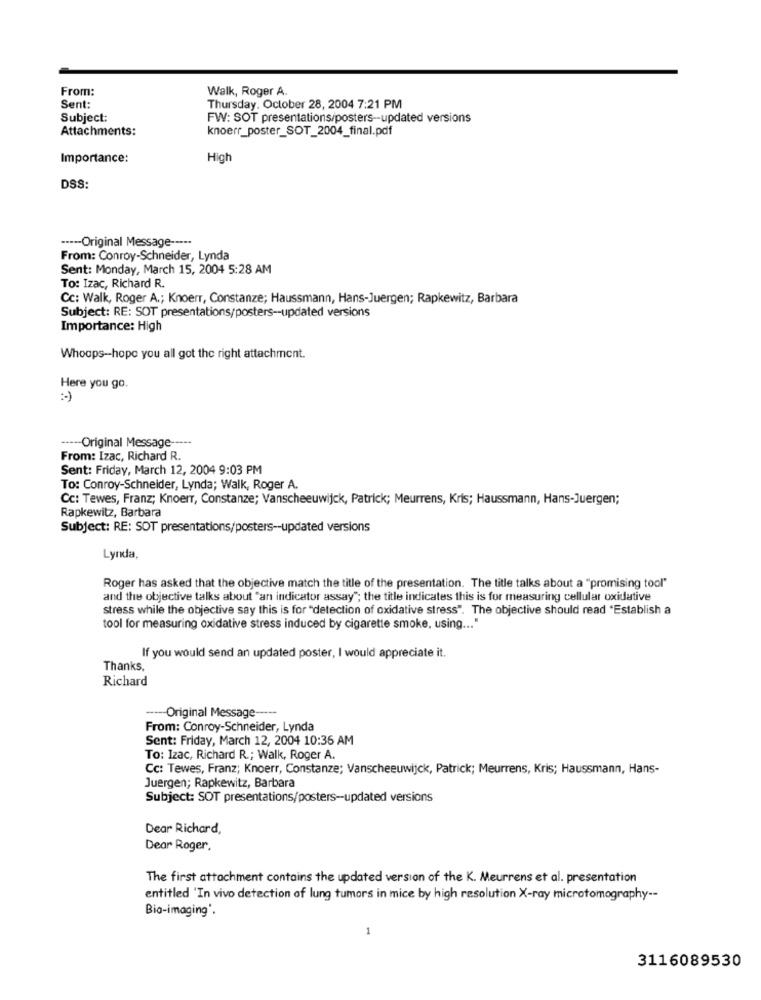
From:
Walk, Roger A.
Sent:
Thursday, October 28, 2004 7:21 PM
Subject:
FW: SOT presentations/posters-updated versions
Attachments:
knoerr_poster_SOT_2004_final.pdf
Importance:
High
DSS:
----- Original Message -----
From: Conroy-Schneider, Lynda
Sent: Monday, March 15, 2004 5:28 AM
To: Izac, Richard R.
Cc: Walk, Roger A .; Knoerr, Constanze; Haussmann, Hans-Juergen; Rapkewitz, Barbara
Subject: RE: SOT presentations/posters -- updated versions
Importance: High
Whoops-hope you all got the right attachment.
Here you go.
:- )
----- Original Message -----
From: Izac, Richard R.
Sent: Friday, March 12, 2004 9:03 PM
To: Conroy-Schneider, Lynda; Walk, Roger A.
Cc: Tewes, Franz; Knoerr, Constanze; Vanscheeuwijck, Patrick; Meurrens, Kris; Haussmann, Hans-Juergen;
Rapkewitz, Barbara
Subject: RE: SOT presentations/posters -- updated versions
Lynda,
Roger has asked that the objective match the title of the presentation. The title talks about a "promising tool"
and the objective talks about "an indicator assay"; the title indicates this is for measuring cellular oxidative
stress while the objective say this is for "detection of oxidative stress". The objective should read "Establish a
tool for measuring oxidative stress induced by cigarette smoke, using ... "
If you would send an updated poster, I would appreciate it.
Thanks,
Richard
----- Original Message-
From: Conroy-Schneider, Lynda
Sent: Friday, March 12, 2004 10:36 AM
To: Izac, Richard R .; Walk, Roger A.
Cc: Tewes, Franz; Knoerr, Constanze; Vanscheeuwijck, Patrick; Meurrens, Kris; Haussmann, Hans-
Juergen; Rapkewitz, Barbara
Subject: SOT presentations/posters-updated versions
Dear Richard,
Dear Roger.
The first attachment contains the updated version of the K. Meurrens et al. presentation
entitled 'In vivo detection of lung tumors in mice by high resolution X-ray microtomography --
Bio-imaging'.
1
3116089530